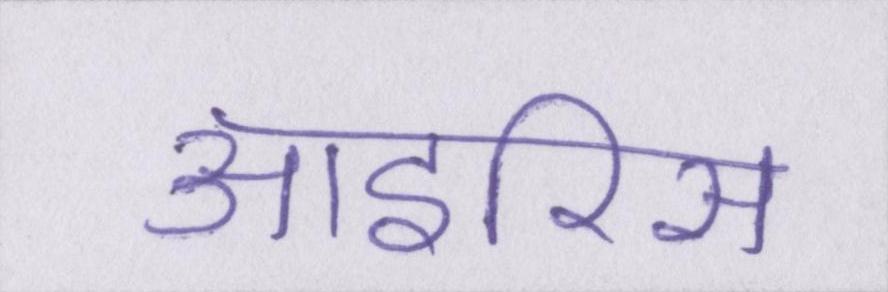
आइरिस